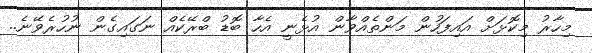
މިހާރު މިކޮޅަށް އައިފަހުން މަންތެއްވާން އުޅެނީ އެހާ ބޮޑު ބްރޭކެއް ނަގައިގެން ނުހުރެވޭނެ..